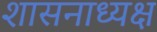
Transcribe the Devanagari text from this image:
शासनाध्‍यक्ष